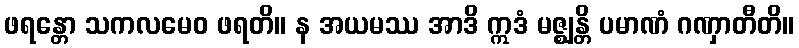
ဖရန္တော သကလမေဝ ဖရတိ။ န အယမဿ အာဒိ ဣဒံ မဇ္ဈန္တိ ပမာဏံ ဂဏှာတီတိ။